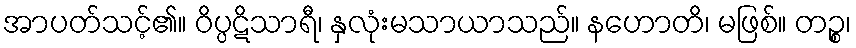
အာပတ်သင့်၏။ ဝိပ္ပဋိသာရီ၊ နှလုံးမသာယာသည်။ နဟောတိ၊ မဖြစ်။ တဉ္စ၊